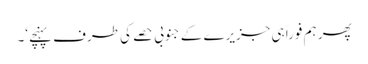
پھر ہم فوراً ہی جزیرے کے جنوبی حصے کی طرف پہنچے‘۔